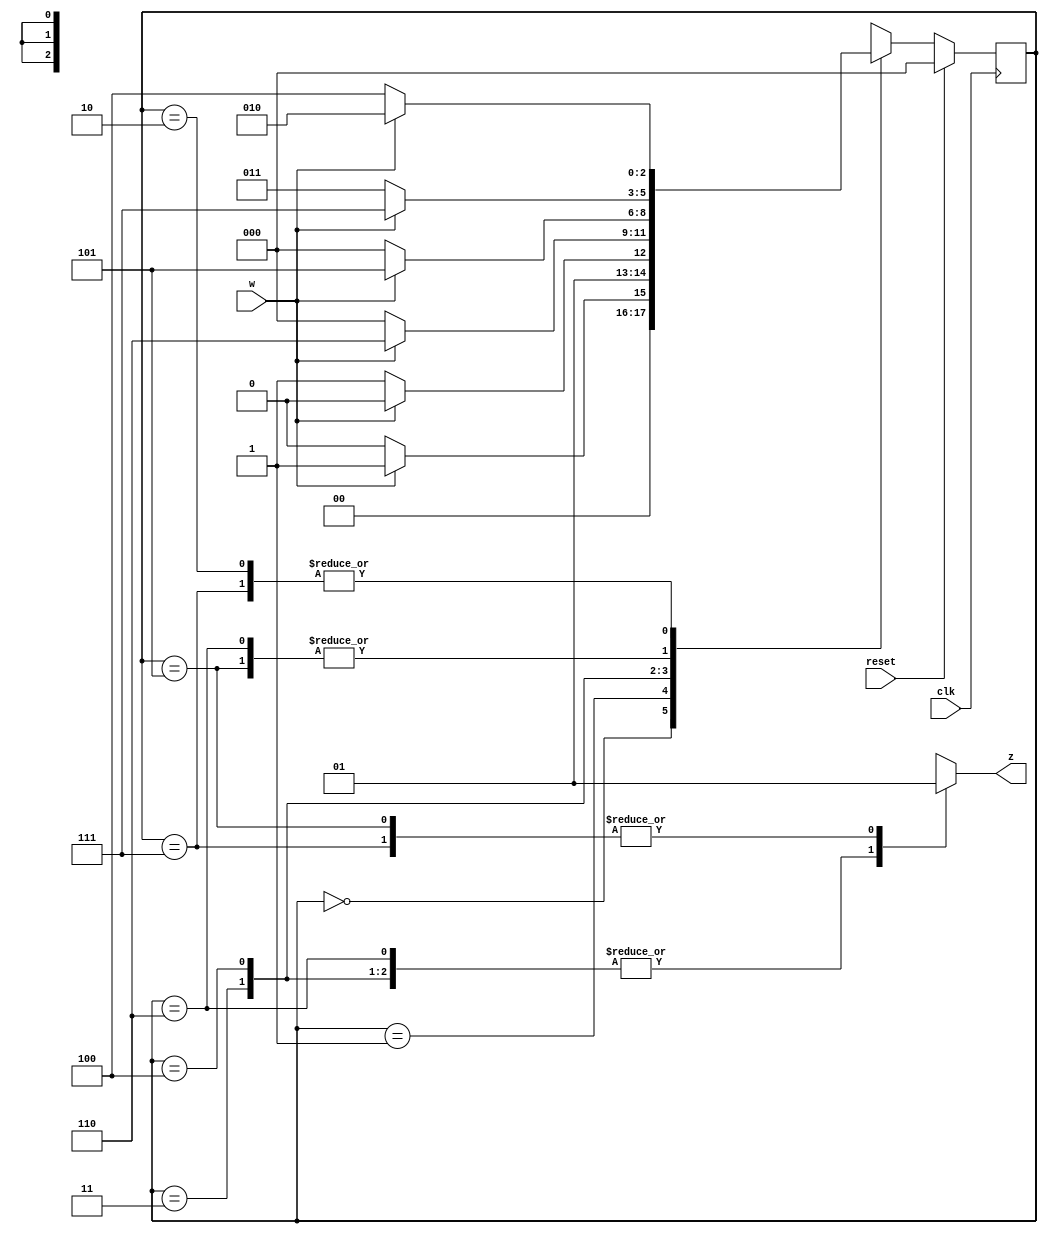
module FSM_hw1(w, z, reset, clk);


	input w, reset,clk;
	output reg z; 

	localparam A=0, B=1, C=2, D=3, E=4, F=5, G=6, H=7;
	reg [2:0] state,next; 
	
	always @(posedge clk) begin
	 if (reset) begin
	 state <= A; 
	 end else begin
	 state <= next;
	 end
	end 
	
	always @(*) begin
		next <= state;
		 z <= 0;  
		 case (state)
			 A : 
				 begin
				 z<=0;
				 if (w) next <= B;
				 else next <= A;
				 end
			 
			 B :
				 begin
				 z<=0;
				 if (w) next <= C;
				 else next <= D;
				 end
				 
			 C :
				 begin
				 z<=0;
				 if (w) next <= C;
				 else next <= E;
				 end
			
			 D :
				 begin
				 z<=0;
				 if (w) next <= G;
				 else next <= A;
				 end
				 
			 E :
				 begin
				 z<=0;
				 if (w) next <= F;
				 else next <= A;
				 end

			 F : begin
				z <= 1;
				if (w) next <= H;
				else next <= D;
			 end
			 
			 G : begin
				 z <= 0;
				 if (w) next <= H;
				 else next <= D;
				end
			 
			 H : begin
				 z <= 1;
				 if (w) next <= C;
				 else next <= E;
				end
			 

			 default:
				z <= 0;
			endcase
	 end
	 

endmodule